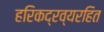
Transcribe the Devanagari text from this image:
हरिकद्रव्यरहित